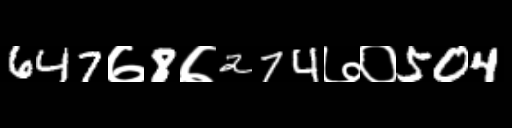
Text: 647७8७274७०504